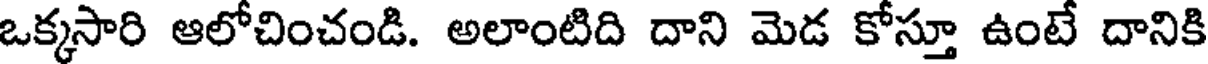
ఒక్కసారి ఆలోచించండి. అలాంటిది దాని మెడ కోస్తూ ఉంటే దానికి